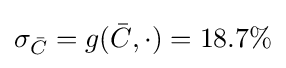
\sigma _{\bar {C}}=g({\bar {C}},\cdot )=18.7\%